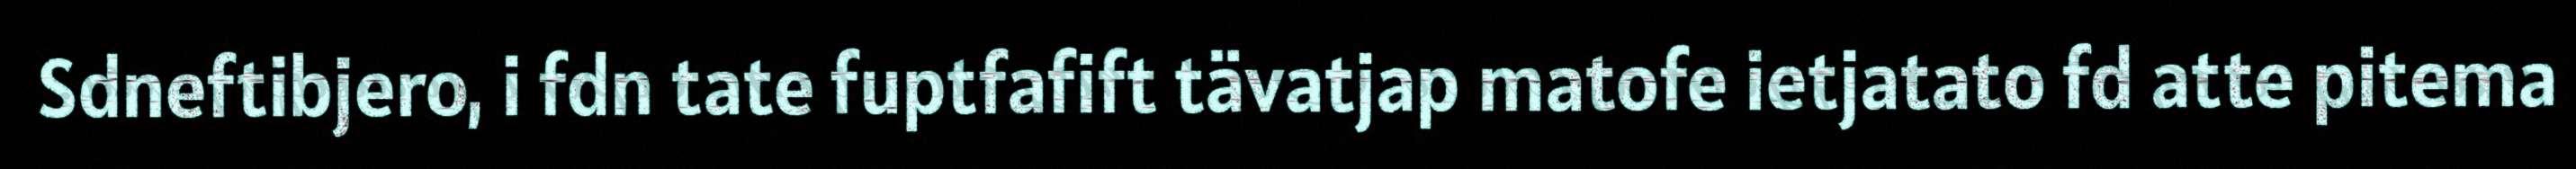
Sdneftibjero, i fdn tate fuptfafift tävatjap matofe ietjatato fd atte pitema